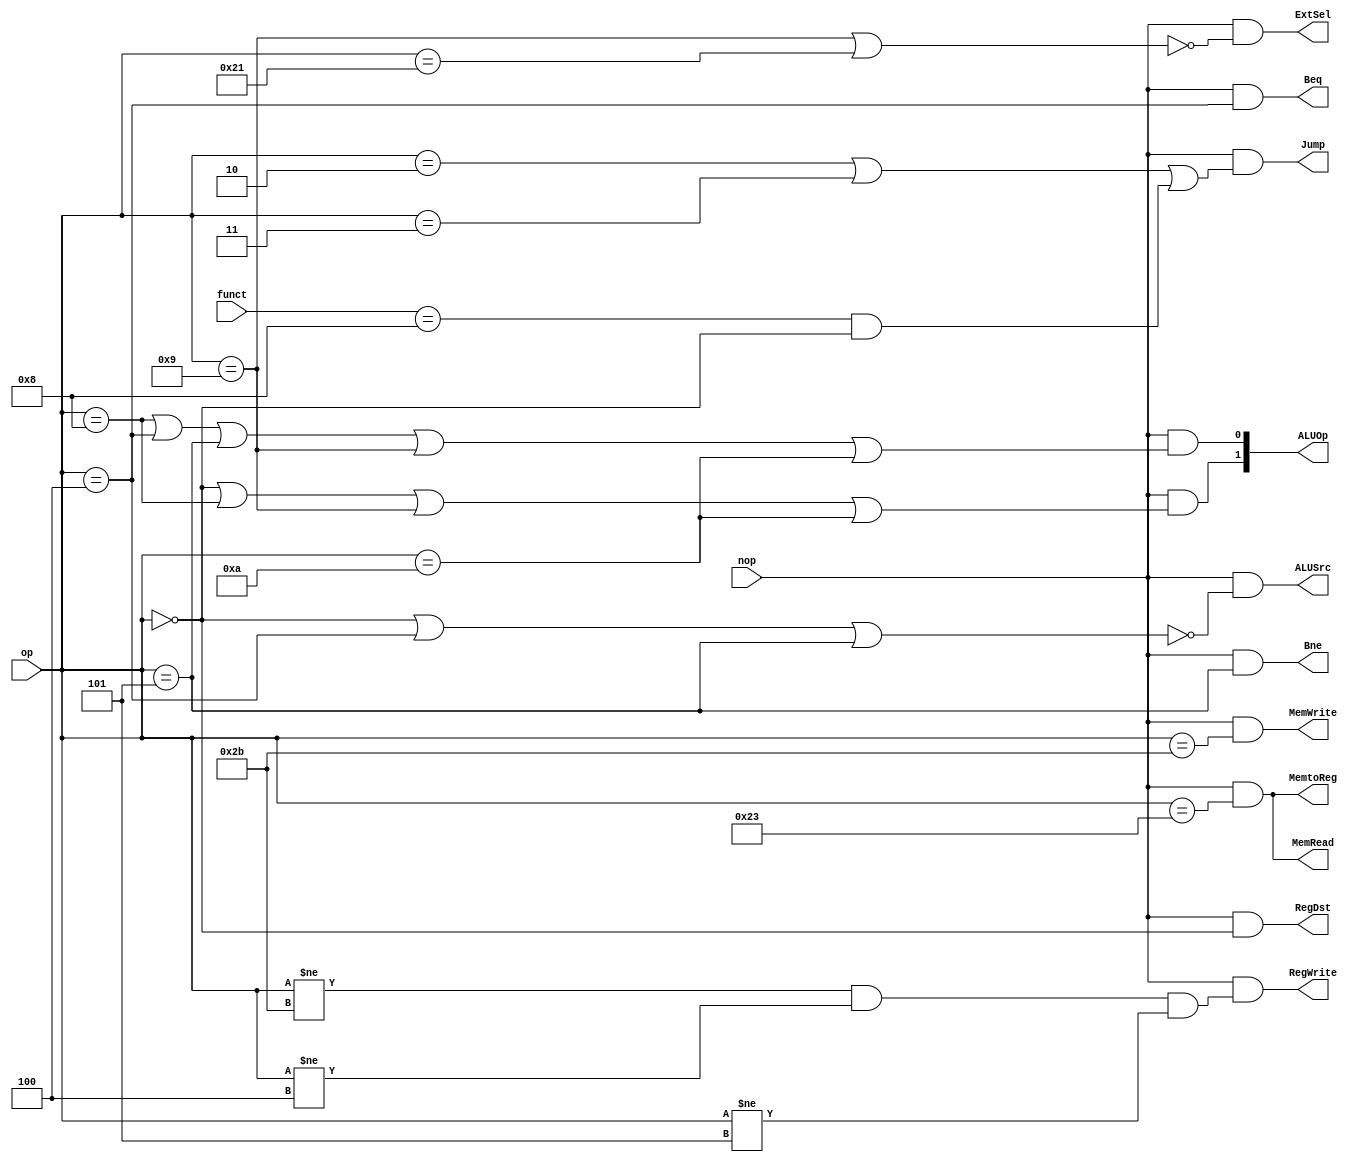
`timescale 1ns / 1ps
module Control(
    input nop,
    input [5:0] op,
    input [5:0] funct,
    output RegDst,
    output Jump,
    output Beq,
    output Bne,
    output MemRead,
    output MemtoReg,
    output [1:0] ALUOp,
    output MemWrite,
    output ALUSrc,
    output RegWrite,
    output ExtSel
    );
    
    parameter ADD = 6'b100000;
    parameter ADDU = 6'b100001;
    parameter SUB = 6'b100010;
    parameter AND = 6'b100100;
    parameter OR = 6'b100101;
    parameter SLL = 6'b000000; 
    
    parameter ADDI = 6'b001000;
    parameter ADDIU = 6'b001001;
    parameter ANDI = 6'b001100;
    parameter ORI = 6'b001101;
    parameter SLTI = 6'b001010;
    parameter BEQ = 6'b000100;
    parameter BNE = 6'b000101;
    parameter J = 6'b000010;
    parameter JAL = 6'b000011;
    parameter JR = 6'b001000;
    parameter LW = 6'b100011;
    parameter SW = 6'b101011;
    parameter R = 6'b000000;
    assign RegDst = nop && (op == R);
    assign Jump = nop && ((op == J) || (op == JAL) || (funct == JR && op == R));
    assign Beq = nop && (op == BEQ);
    assign Bne = nop && (op == BNE);
    assign MemRead = nop && (op == LW);
    assign MemtoReg = nop && (op == LW);
    assign MemWrite = nop && (op == SW);
    assign ALUOp[0] =  nop && ((op == ADDI)|| (op == BEQ) || (op == BNE) || (op == ADDIU) || (op == SLTI));
    assign ALUOp[1] = nop && ((op == R)  || (op == ADDI) || (op == ADDIU) || (op == SLTI));
    assign ALUSrc =nop && ( ~((op == R) || (op == BEQ) || (op == BNE))); //0readdata2
    assign RegWrite = nop && ((op != SW) && (op != BEQ) && (op != BNE));
    assign ExtSel = nop && (~((op == ADDIU) || (op == ADDU)));//0 
endmodule